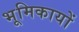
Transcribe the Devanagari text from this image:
भूमिकायों